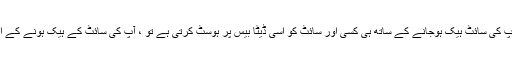
اسی طرح ، کارکردگی کی طرح ، اگر آپ کی سائٹ ہیک ہوجانے کے ساتھ ہی کسی اور سائٹ کو اسی ڈیٹا بیس پر ہوسٹ کرتی ہے تو ، آپ کی سائٹ کے ہیک ہونے کے امکانات بھی کافی حد تک بڑھ جاتے ہیں۔